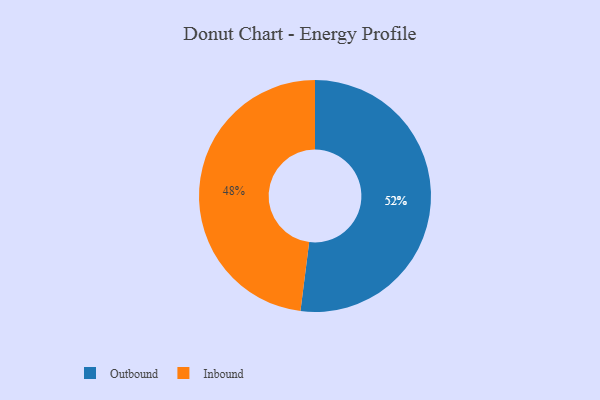
{"axis": {"x": "Category", "y": "Percentage"}, "legend": ["Inbound", "Outbound"], "data": [{"x": "Outbound", "y": 52, "type": "Outbound"}, {"x": "Inbound", "y": 48, "type": "Inbound"}]}